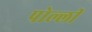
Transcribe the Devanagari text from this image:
पोल्ली